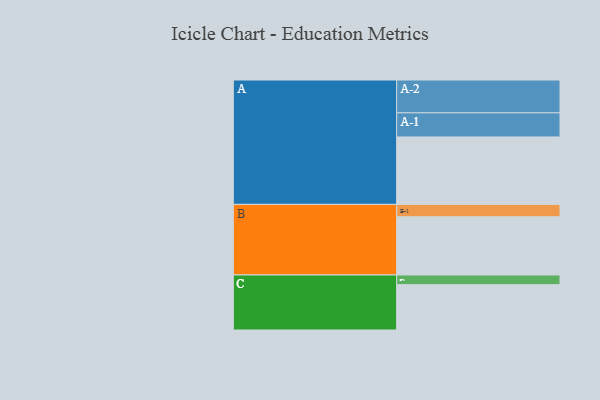
{"axis": {"x": "Segment", "y": "Value"}, "legend": ["", "A", "B", "C"], "data": [{"x": "A", "y": 489, "type": ""}, {"x": "B", "y": 422, "type": ""}, {"x": "C", "y": 329, "type": ""}, {"x": "A-1", "y": 175, "type": "A"}, {"x": "A-2", "y": 238, "type": "A"}, {"x": "B-1", "y": 90, "type": "B"}, {"x": "C-1", "y": 70, "type": "C"}]}